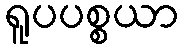
ရူပပစ္စယာ